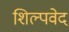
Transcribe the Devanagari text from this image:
शिल्पवेद